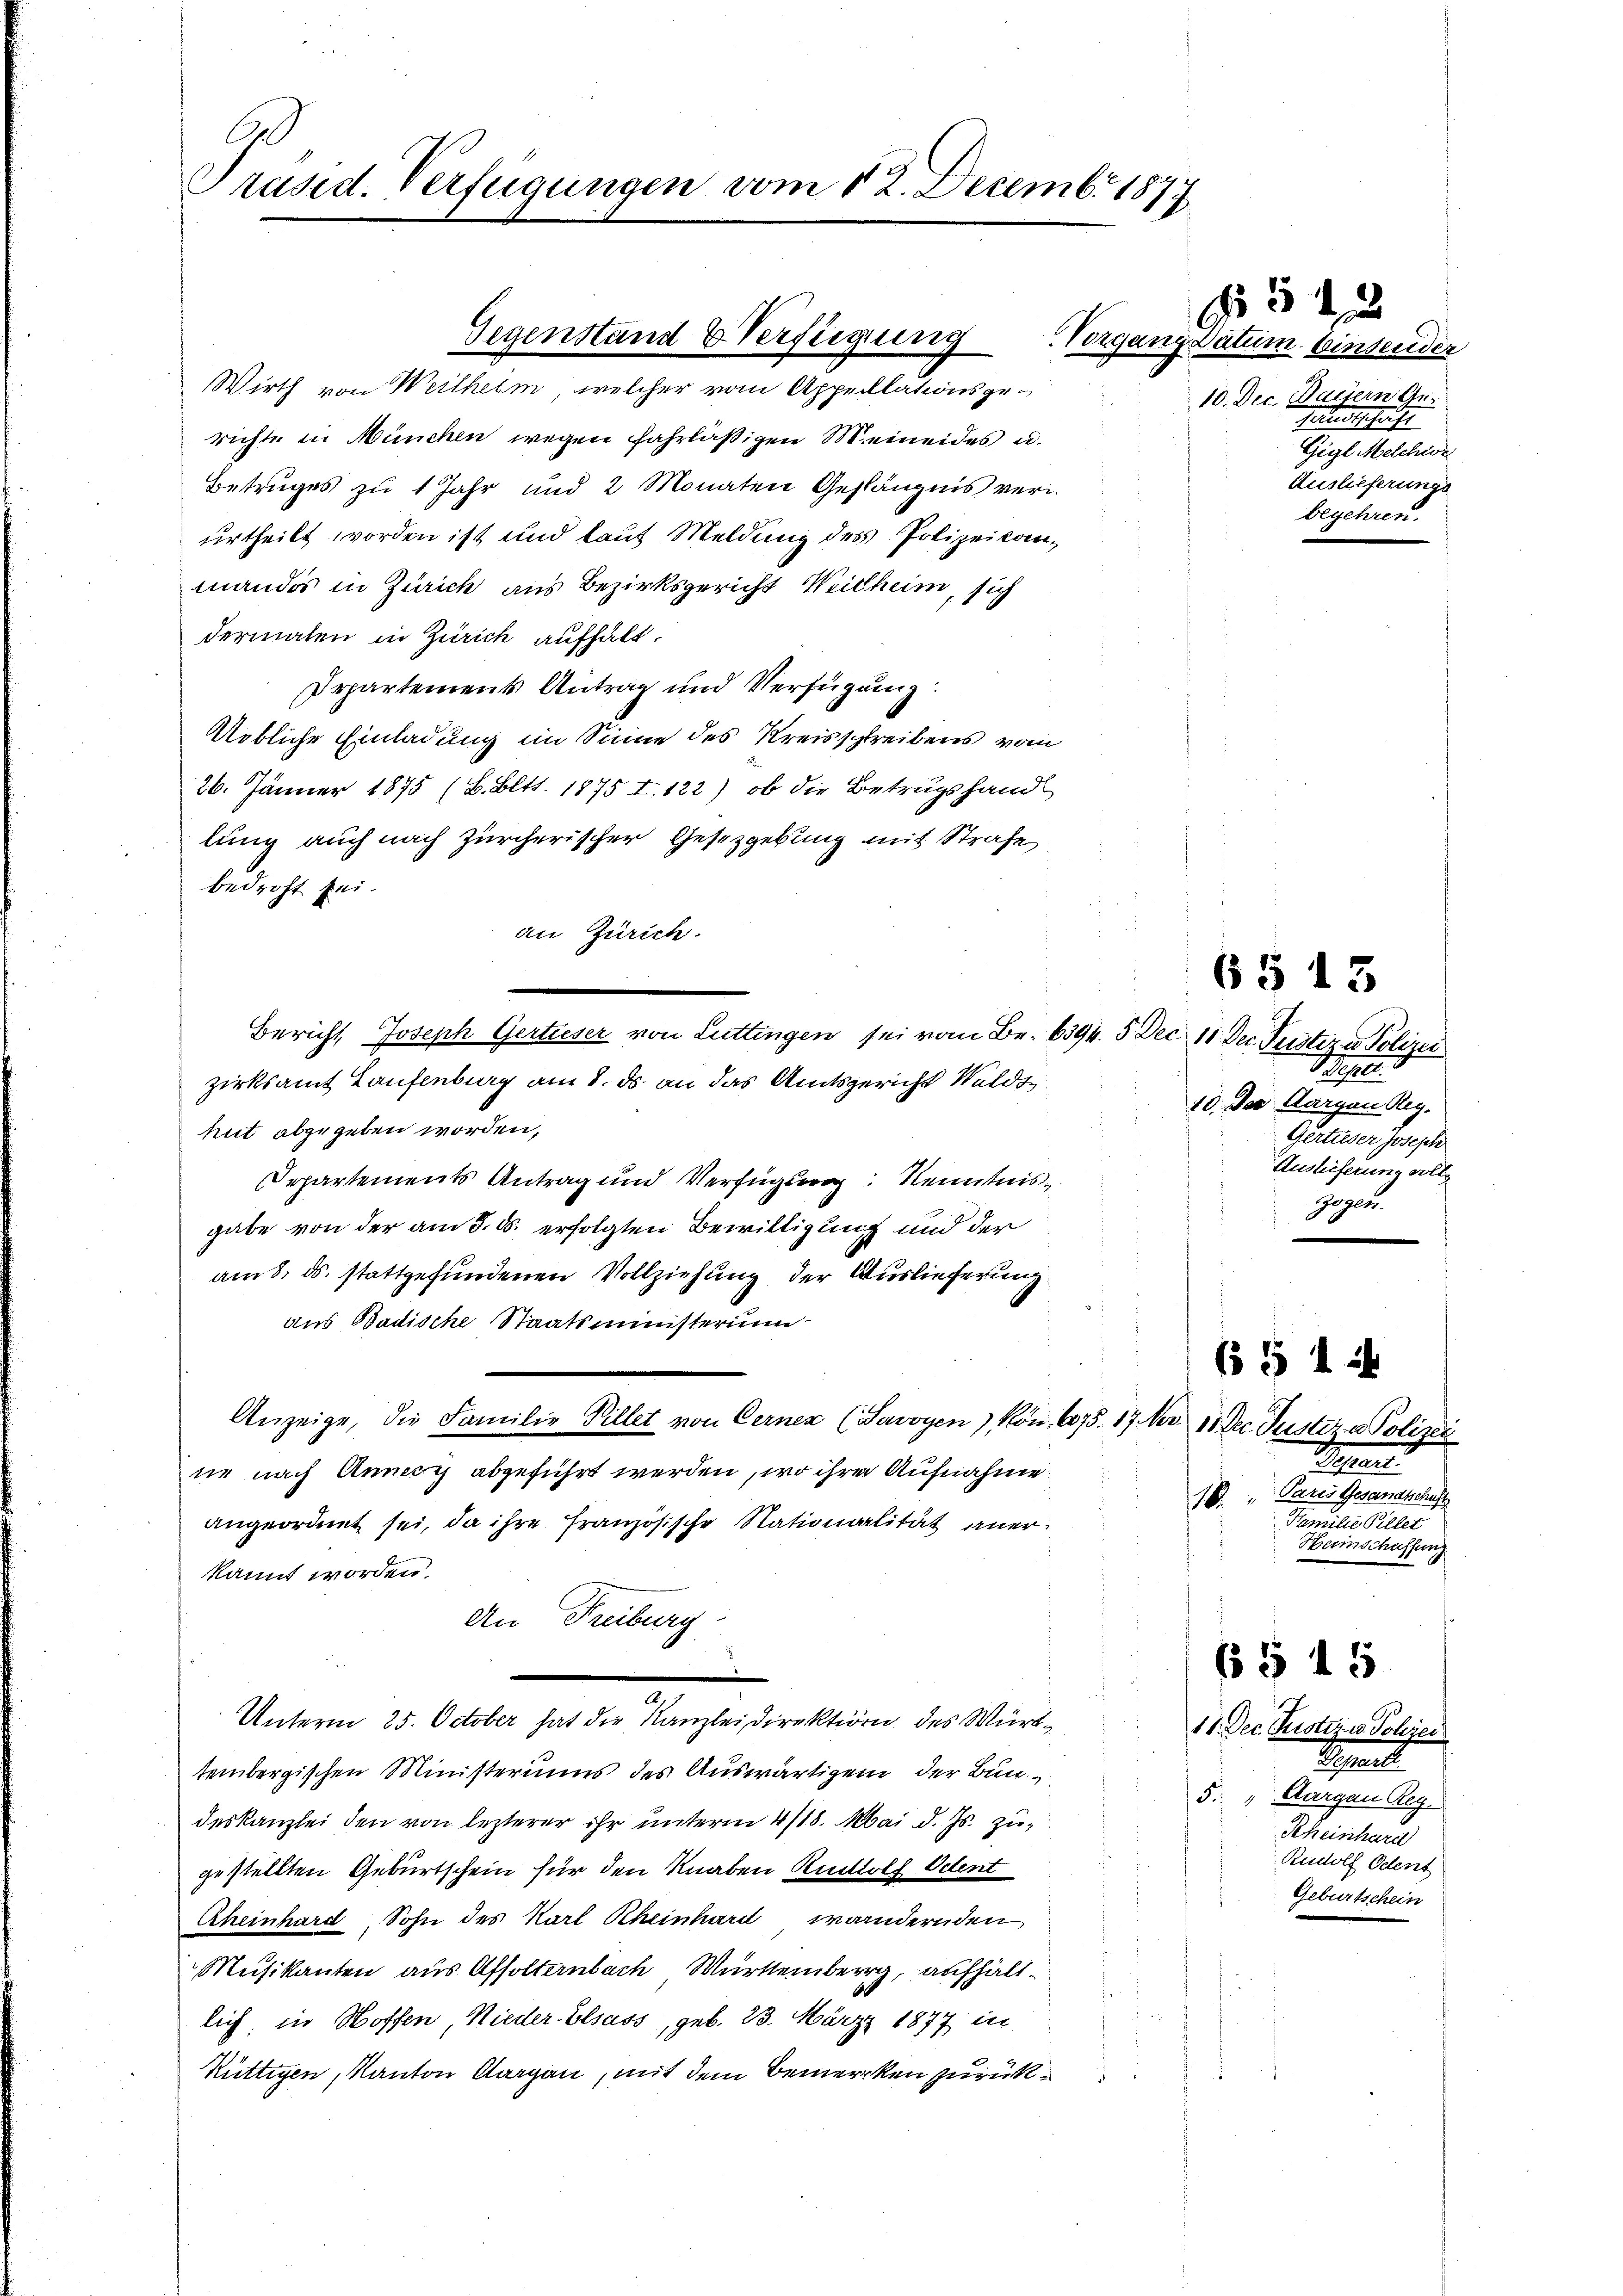
Präsid. Verfügungen vom 12. Decemb. 1877

Gegenstand & Verfügung

Wirth von Weilhelm, welcher vom Appellationsgerichte in München wegen fahrläßigen Meineides u.
Betruges zu 1 Jahr und 2 Monaten Gefängnis verurtheilt worden ist und lauf Meldung des Polizeikanmandos in Zürich aus Bezirksgericht Weitheim, sich
dermalen in Zürich aufhalt.
Departement Antrag und Verfügung:
Uebliche Einladung im Sinne des Kreisschreibens vom
26. Jänner 1875 (B. Bett. 1875 I. 122) ob die Betrugshandl
lung auch nach Zürcherischer Gesetzgebung mit Strafe
bedroht sei.
an Zürich.
zirksamt Laufenburg am 8. ds. an das Amtsgericht Waldshut abgegeben worden,
Departements Antrag und Verfügung Kenntnis
gabe von der am 3. d. erfolgten Bewilligung und der
am 8. ds. stattgefundenen Vollziehung der Auslieferung
aus Badische Staatsministerium
Anzeige, die Familie Pillet von Cernen (Savoyen) kön. 6075. 17. Nr. 11. Dec. Justiz & Polizei
ur nach Anney abgeführt werden, wo ihre Aufnahme
angeordnet sei, da ihre französische Nationalität aner
kannt worden.
An Freiburg
Unterm 25. October hat die Kanzleidirektion des Württembergischen Ministeriums des Auswärtigen der Bundeskanzlei den von lezterer ihr unterm 4/18. Mai d. Js. zugestellten Geburtschein für den Knaben Rudolf Odent
Aheinhard Sohn des Karl Rheinhard wandernden
Musikanton aus Affolternbach, Würtemberg, aufhältlich, in Hoffen, Nieder Elsass, geb. 23. März 1877 in
Rüttigen, Kanton Aargau, mit dem Bemercken zurück¬

Bericht, Joseph Gertieser von Luttingen sei vom Be. 6394. 5 Dec. 18 Dec. Justiz & Polizei

542
Vorgang datum binsender
10. Dec. Dauern Ge
Geradeschrift
Gigl Melchior
Auslieferungs
begehren.

6 § 13
Oesell
10. Der Aargau Reg.
Gertieser Joseph
Auslieferung volle
Gegen.

6 § 14
epert
B. „Paris Gesandtschuss
Familie Pillet
Heimschaffung

§ § 15

11. Dec. Rustiz u. Polizei
Meset
5. " Aargau Reg
Scheinhard
Rudolf Odent
Geburtschein